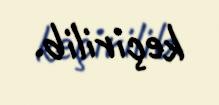
keçirilib.